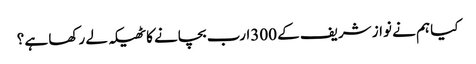
کیا ہم نے نواز شریف کے 300ارب بچانے کا ٹھیکہ لے رکھا ہے ؟